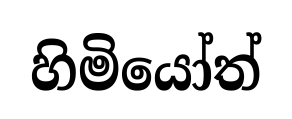
හිමියෝත්